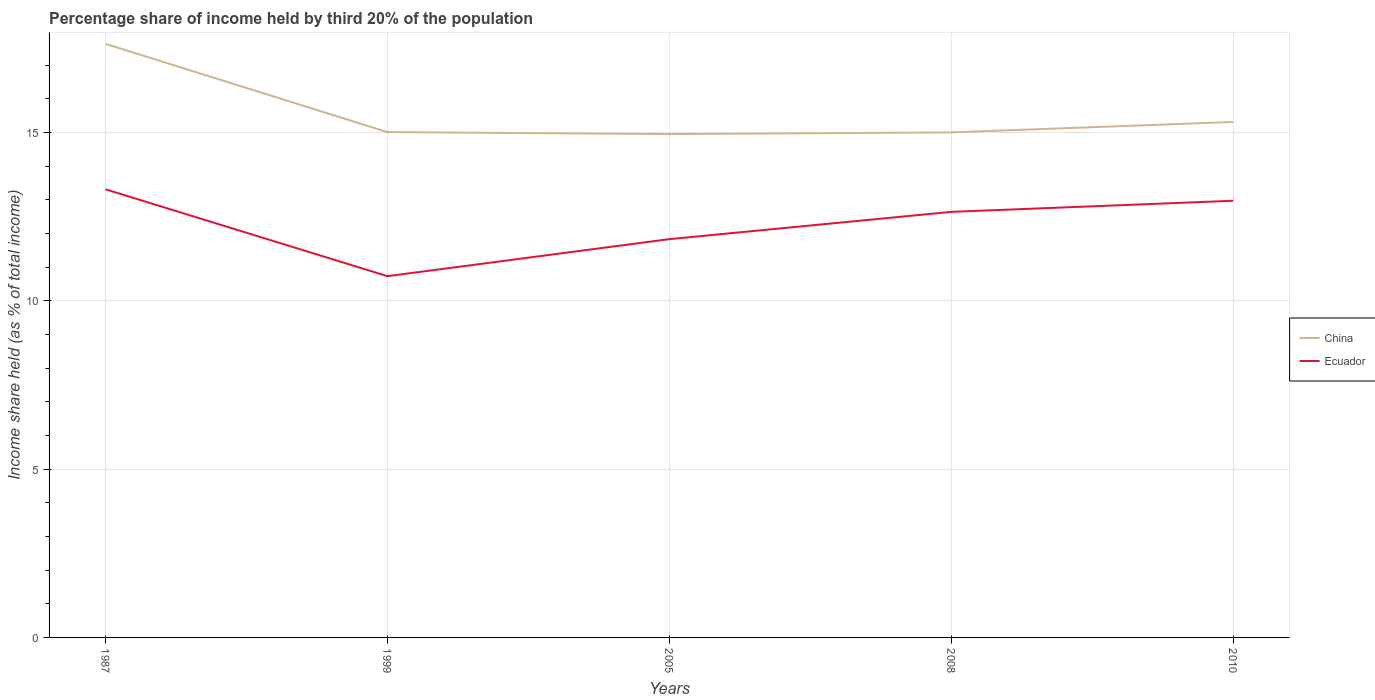
| Years | China | Ecuador |
 | --- | --- | --- |
 | 1987 | 17.6 | 13.3 |
 | 1999 | 15 | 10.7 |
 | 2005 | 14.9 | 11.8 |
 | 2008 | 15 | 12.6 |
 | 2010 | 15.3 | 13 |